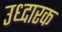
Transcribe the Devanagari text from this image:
उध्दारक